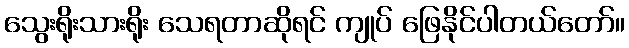
သွေးရိုးသားရိုး သေရတာဆိုရင် ကျုပ် ဖြေနိုင်ပါတယ်တော်။